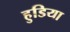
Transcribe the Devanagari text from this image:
हुडिया